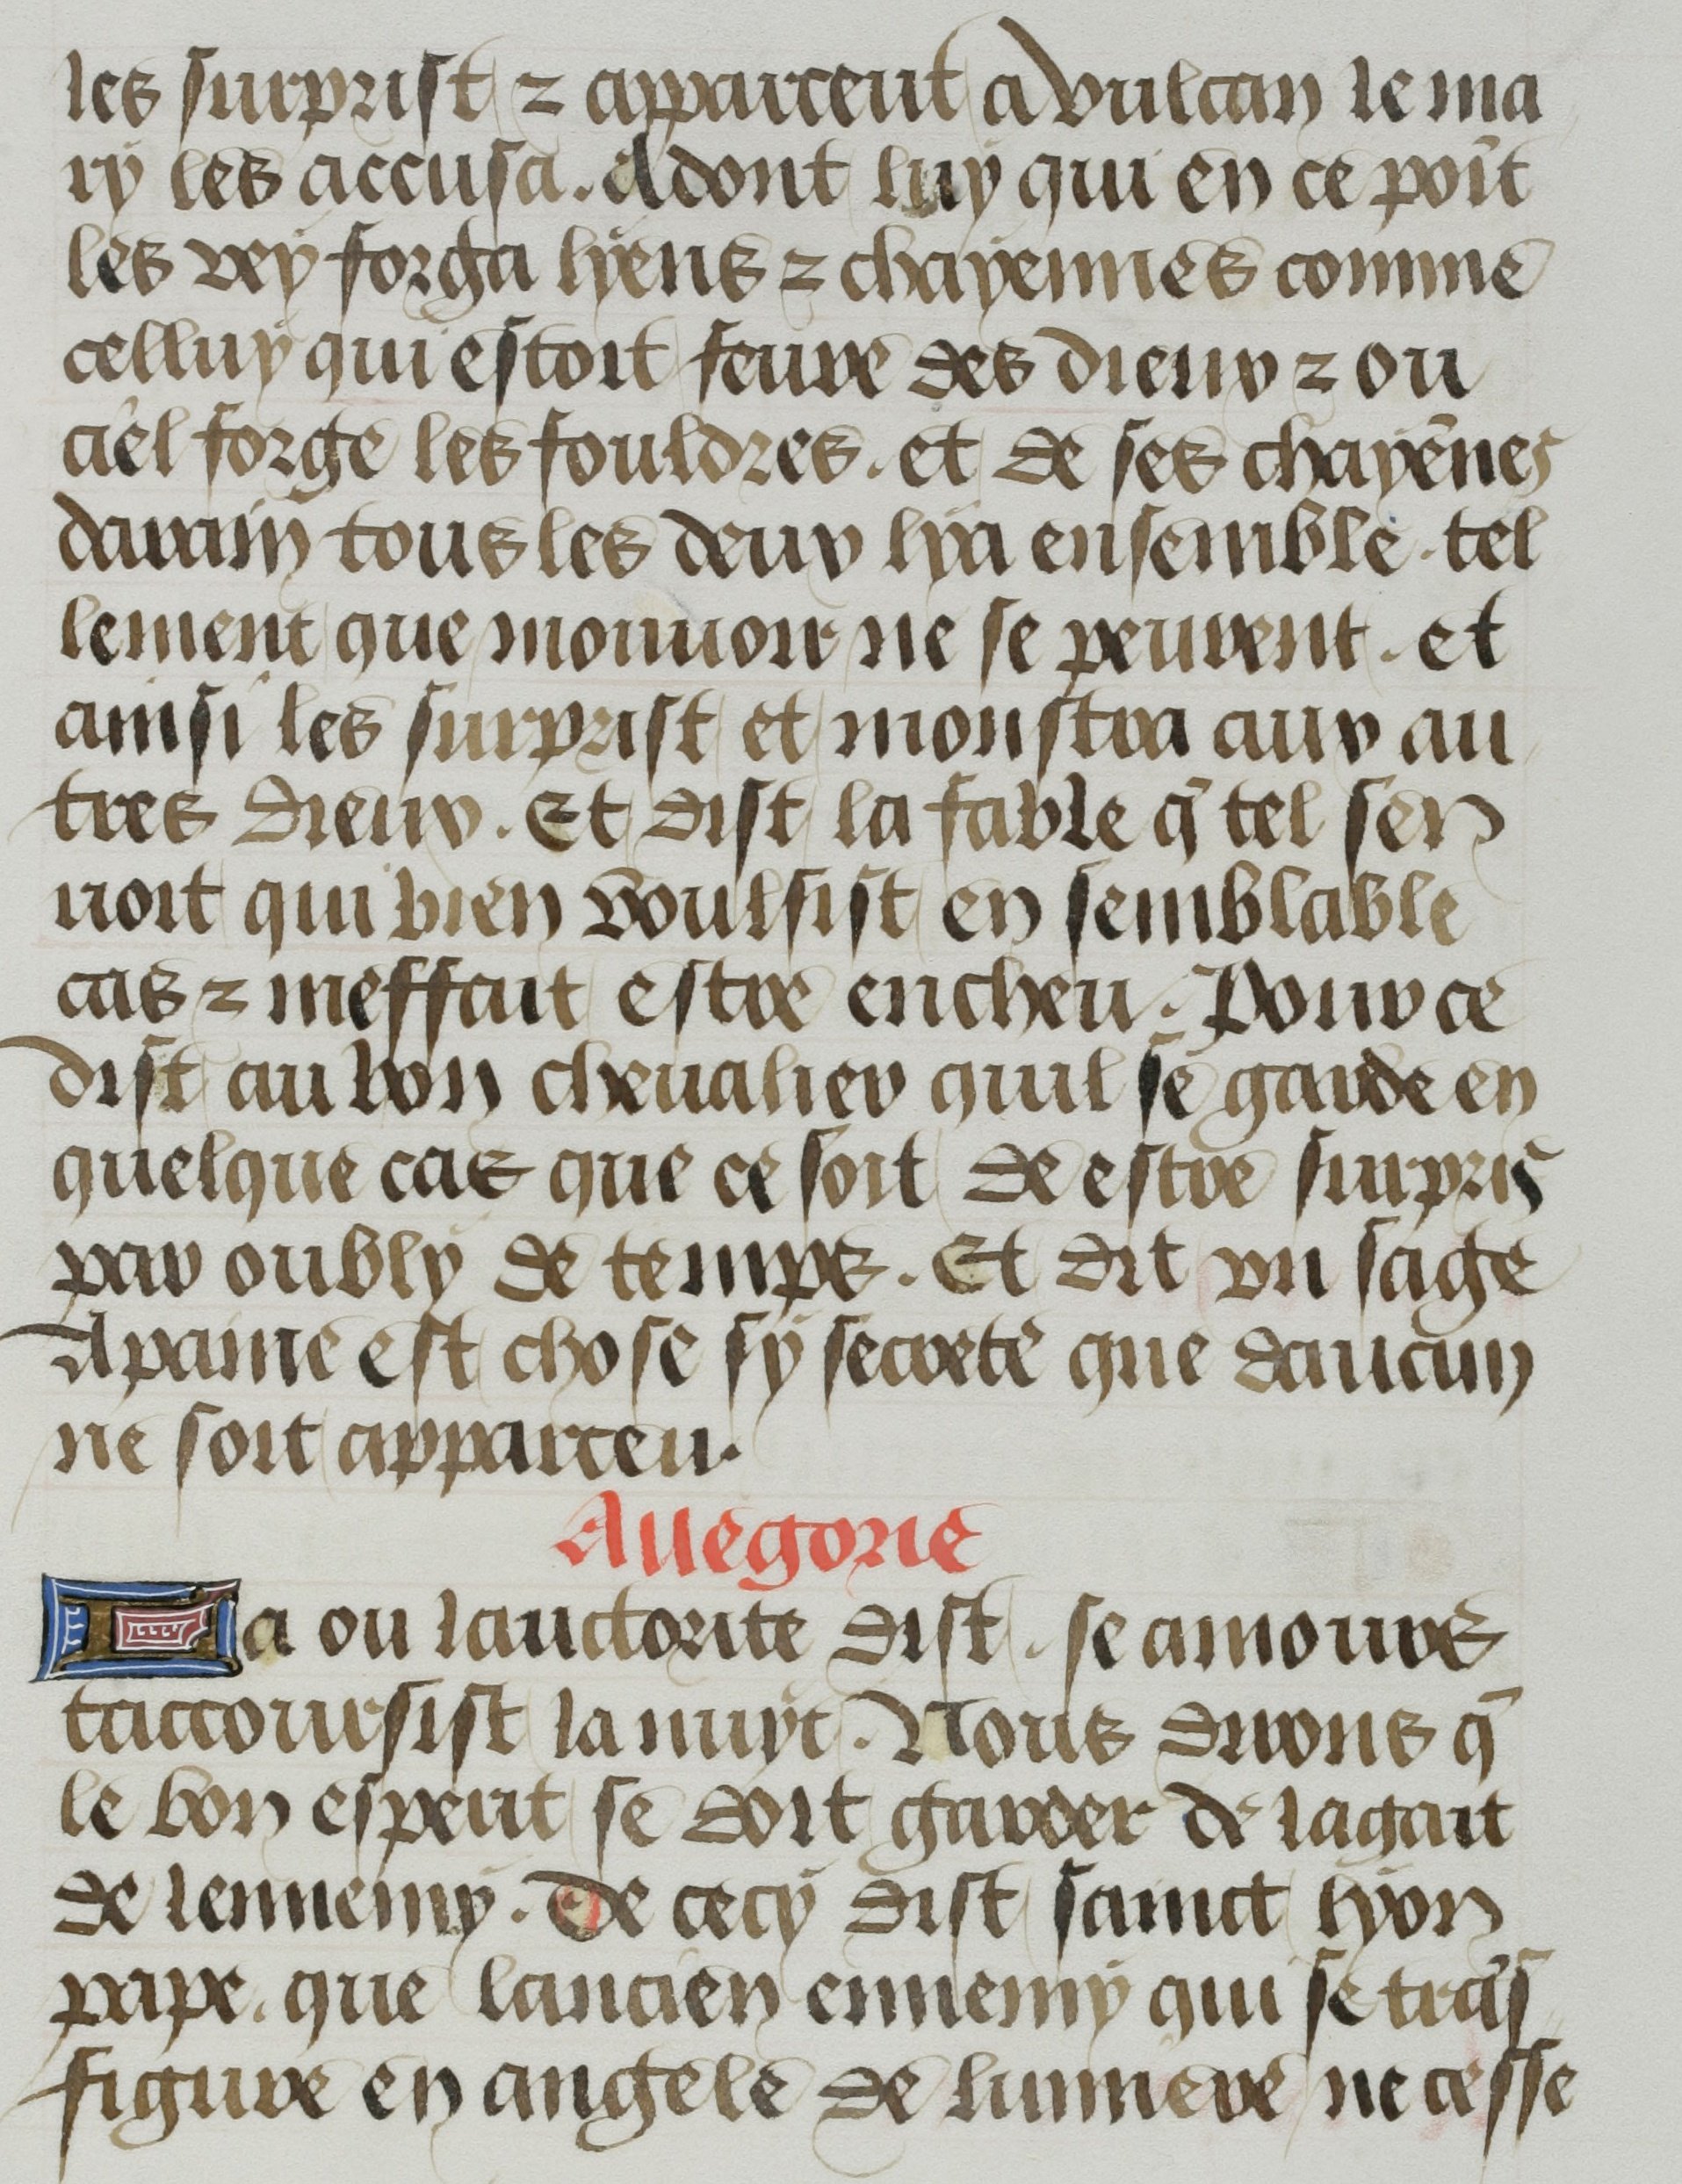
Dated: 1455–1465